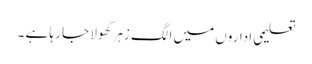
تعلیمی اداروں میں الگ زہر گھولا جا رہا ہے ۔